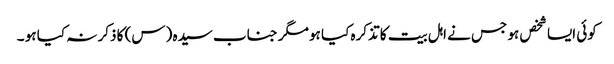
کوئی ایسا شخص ہو جس نے اہل بیت کا تذکرہ کیا ہو مگر جناب سیدہ (س) کا ذکر نہ کیا ہو ۔